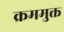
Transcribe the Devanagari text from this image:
क्रममुक्त